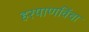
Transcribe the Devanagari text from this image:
हरयाणविंचा